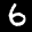
Label: 6